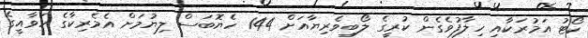
ކޯޓު އަމުރަކާއި ހިލާފުވެގެން ކުރީގެ ލޯބިވެރިޔާއަށް 144 ހެޔޮބަސް ލިޔުމަށް އެމެރިކާގެ ހަވާއީގެ